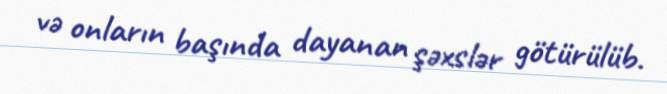
və onların başında dayanan şəxslər götürülüb.